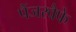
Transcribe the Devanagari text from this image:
पैंजरवैफे